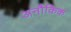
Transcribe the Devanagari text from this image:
अनौकिक